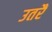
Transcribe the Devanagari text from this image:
उतरैं